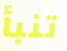
تنبأ